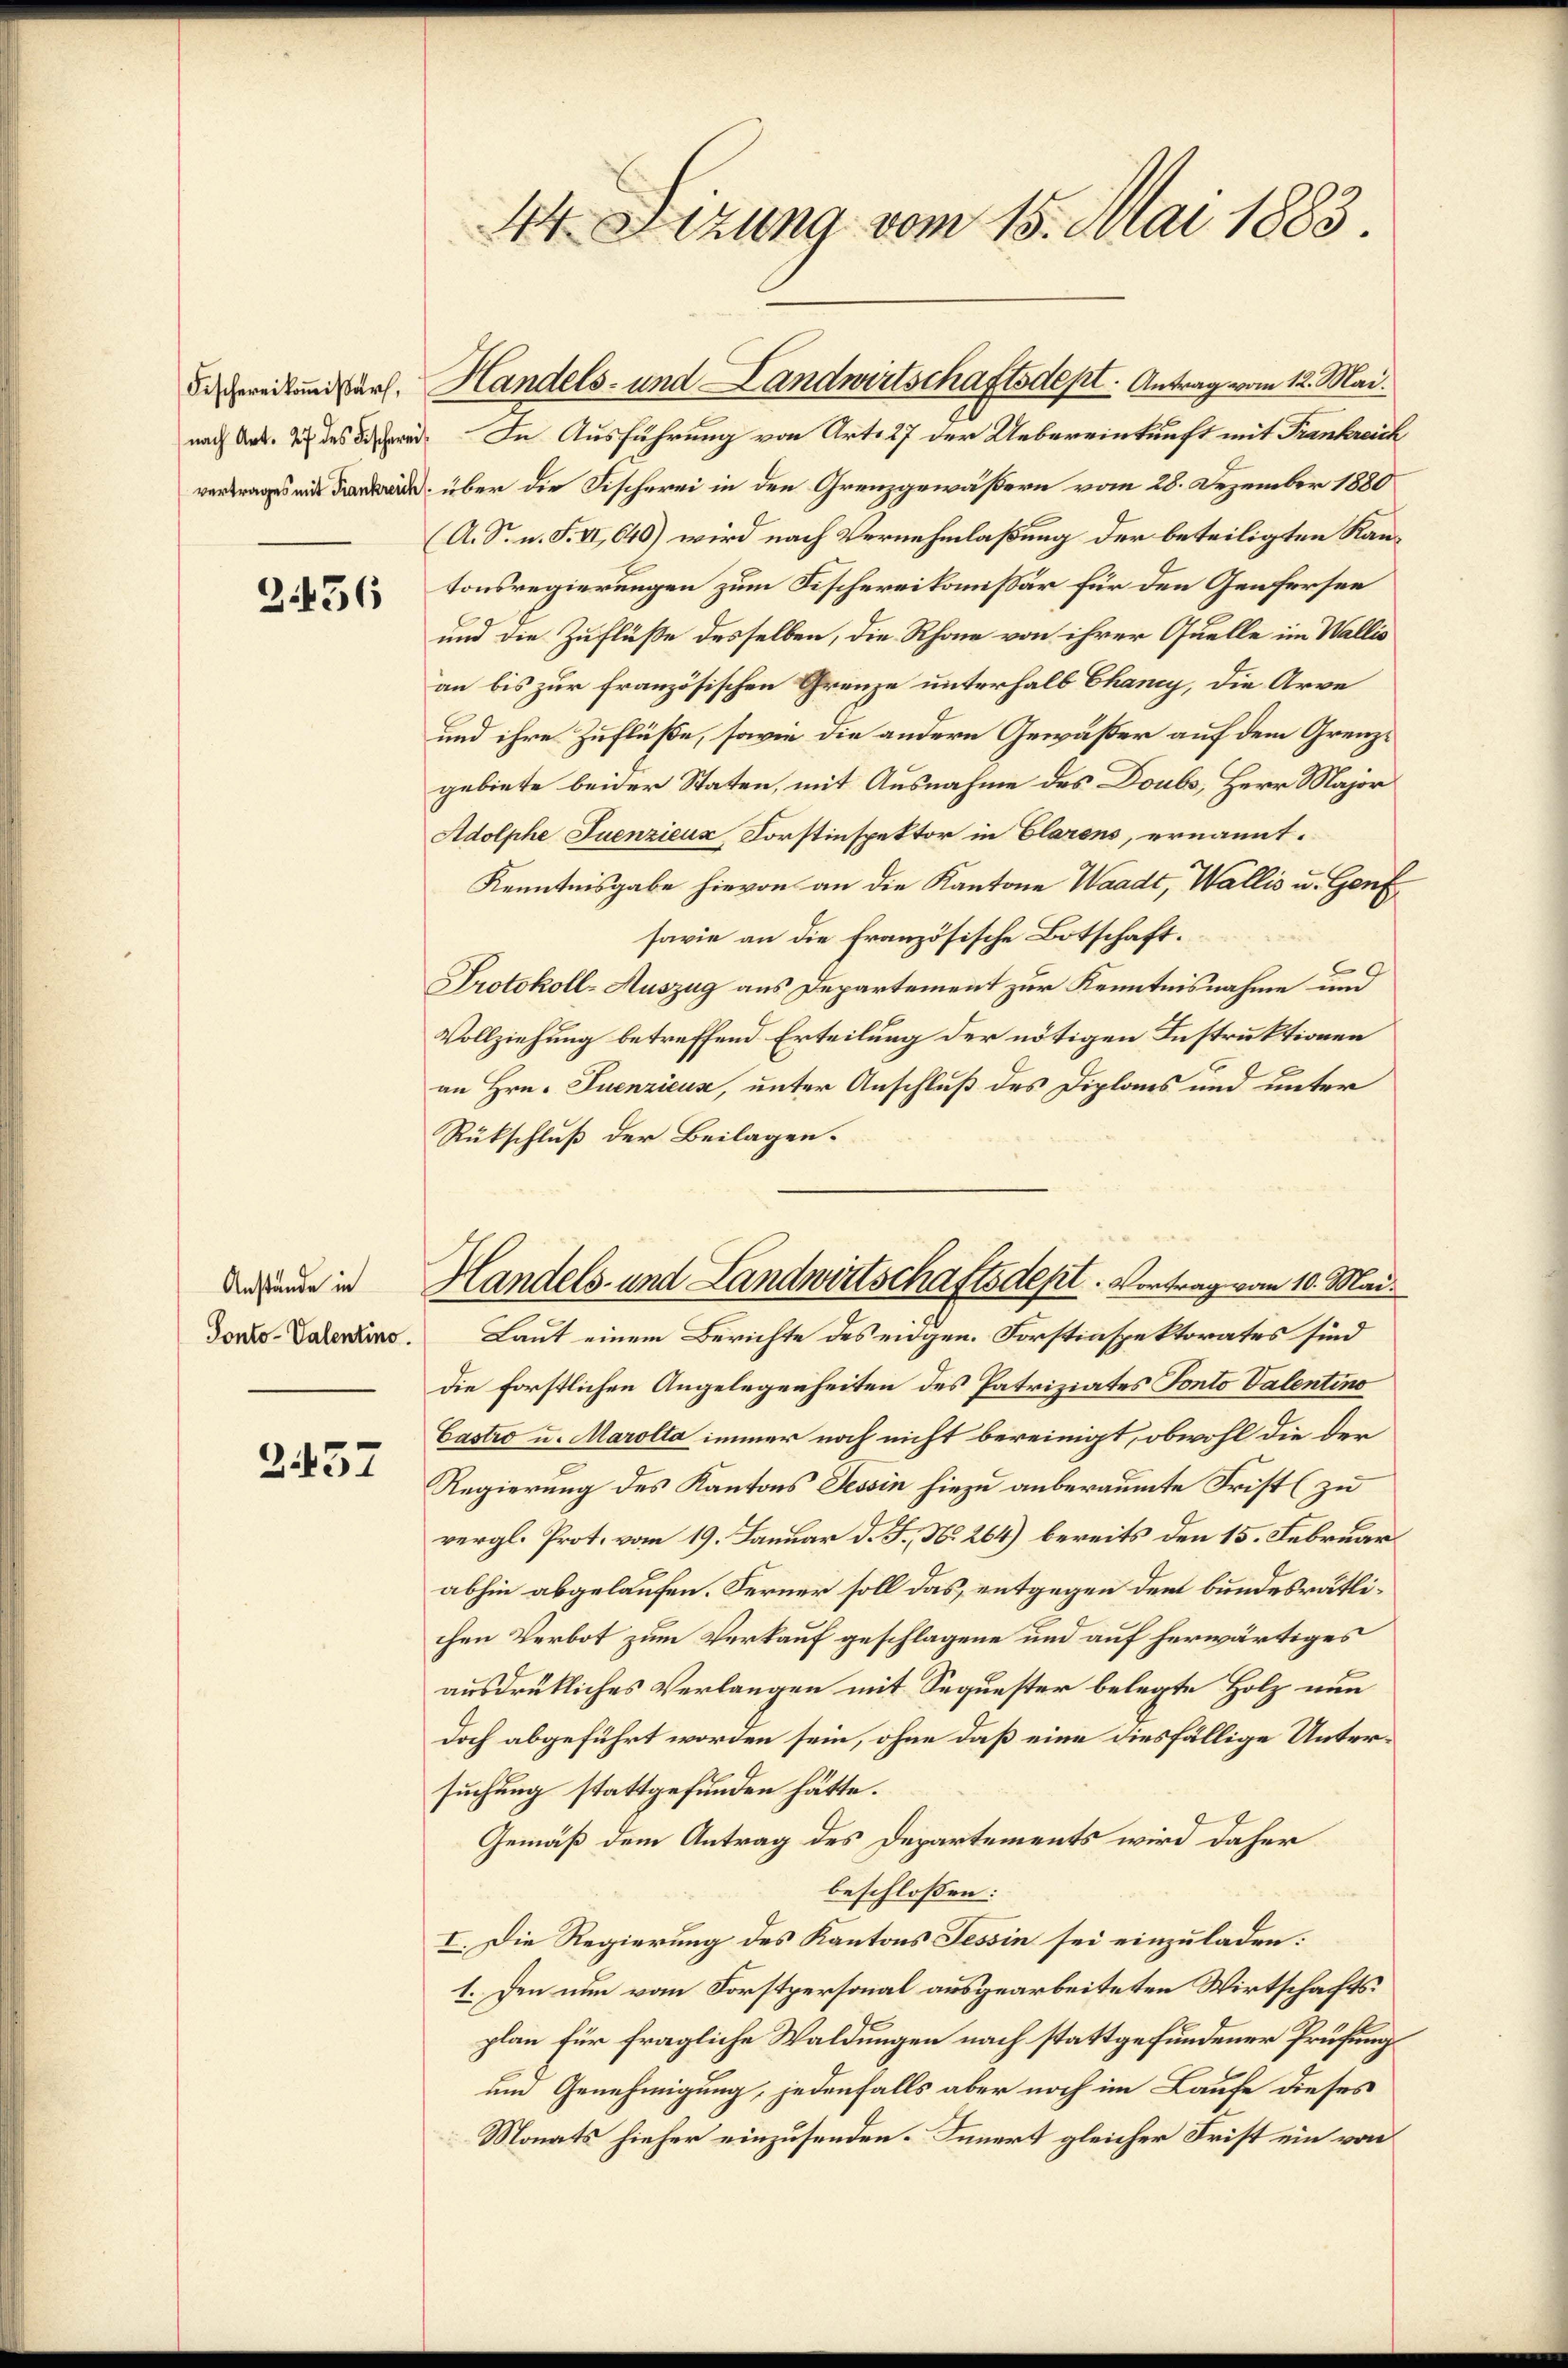
3456

Anstände in
Ponto-Valentino.

2437

44. Lizung vom 15. Mai 1883.

nach Art. Ich des Dir. In Ausführung von Art. 27 der Uebereinkunft mit Frankreich
d über die Fischerei in den Grenzgewäßern vom 28. Dezember 1880
A. S. n. F. VI, 640) wird nach Vernehmlassung der beteiligten Kantonsregierungen zum Fischereikommissär für den Genfersee
und die Zuflüße desselben, die Rhone von ihrer Quelle im Wallis
an bis zur französischen Grenze unterhalb Chancy, die Arve
und ihre Zuflüße, sowie die andern Gewäßer auf dem Grenzgebiete beider Staten, mit Ausnahme des Doubs, Herr Major
Adolphe Juenzieux, Forstinspektor in Clarens, ernannt.
Kenntnisgabe hievon an die Kantone Waadt, Wallis u. Genf
savie an die französische Botschaft.
Protokoll-Auszug aus Departement zur Kenntnisnahme und
Vollziehung betreffend Erteilung der nötigen Instruktionen
an Hrn. Tuenzicus, unter Anschluß des Diplans und unter
Rückschluß der Beilagen.
Laut einem Berichte des eidgen. Forstinspektorates sind
die forstlichen Angelegenheiten des Patriziates Ponto Valentino
Castro u. Marolta immer noch nicht bereinigt, obwohl die der
Regierung des Kantons Tessin hiezu anberaumte Frist (zu
vergl. Prot. vom 19. Januar d. J., No. 264) bereits den 15. Februar
abhin abgelaufen. Ferner soll das entgegen dem bundesrätlichen Verbot zum Verkauf geschlagene und auf herwärtiges
ausdrükliches Verlangen mit Sequester belegte Holz nun
doch abgeführt worden sein, ohne daß eine diesfällige Untersuchung stattgefunden hätte.
Gemäß dem Antrag des Departements wird daher
beschlossen:
I. Die Regierung des Kantons Tessin sei einzuladen:
1. Den nun vom Forstpersonal ausgearbeiteten Wirtschaftsplan für fragliche Waldungen nach stattgefundener Prüfungs
um Genehmigung, jedenfalls aber noch im Laufe dieses
Monats hieher einzusenden. Innert gleicher Frist ein von

Bereitung darf. Handels- und Landwirtschaftsdept. Antrag vom 12. Mai.

Handels- und Landwirtschaftsdest. Vortrag vom 10. Mai.